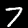
Label: 7